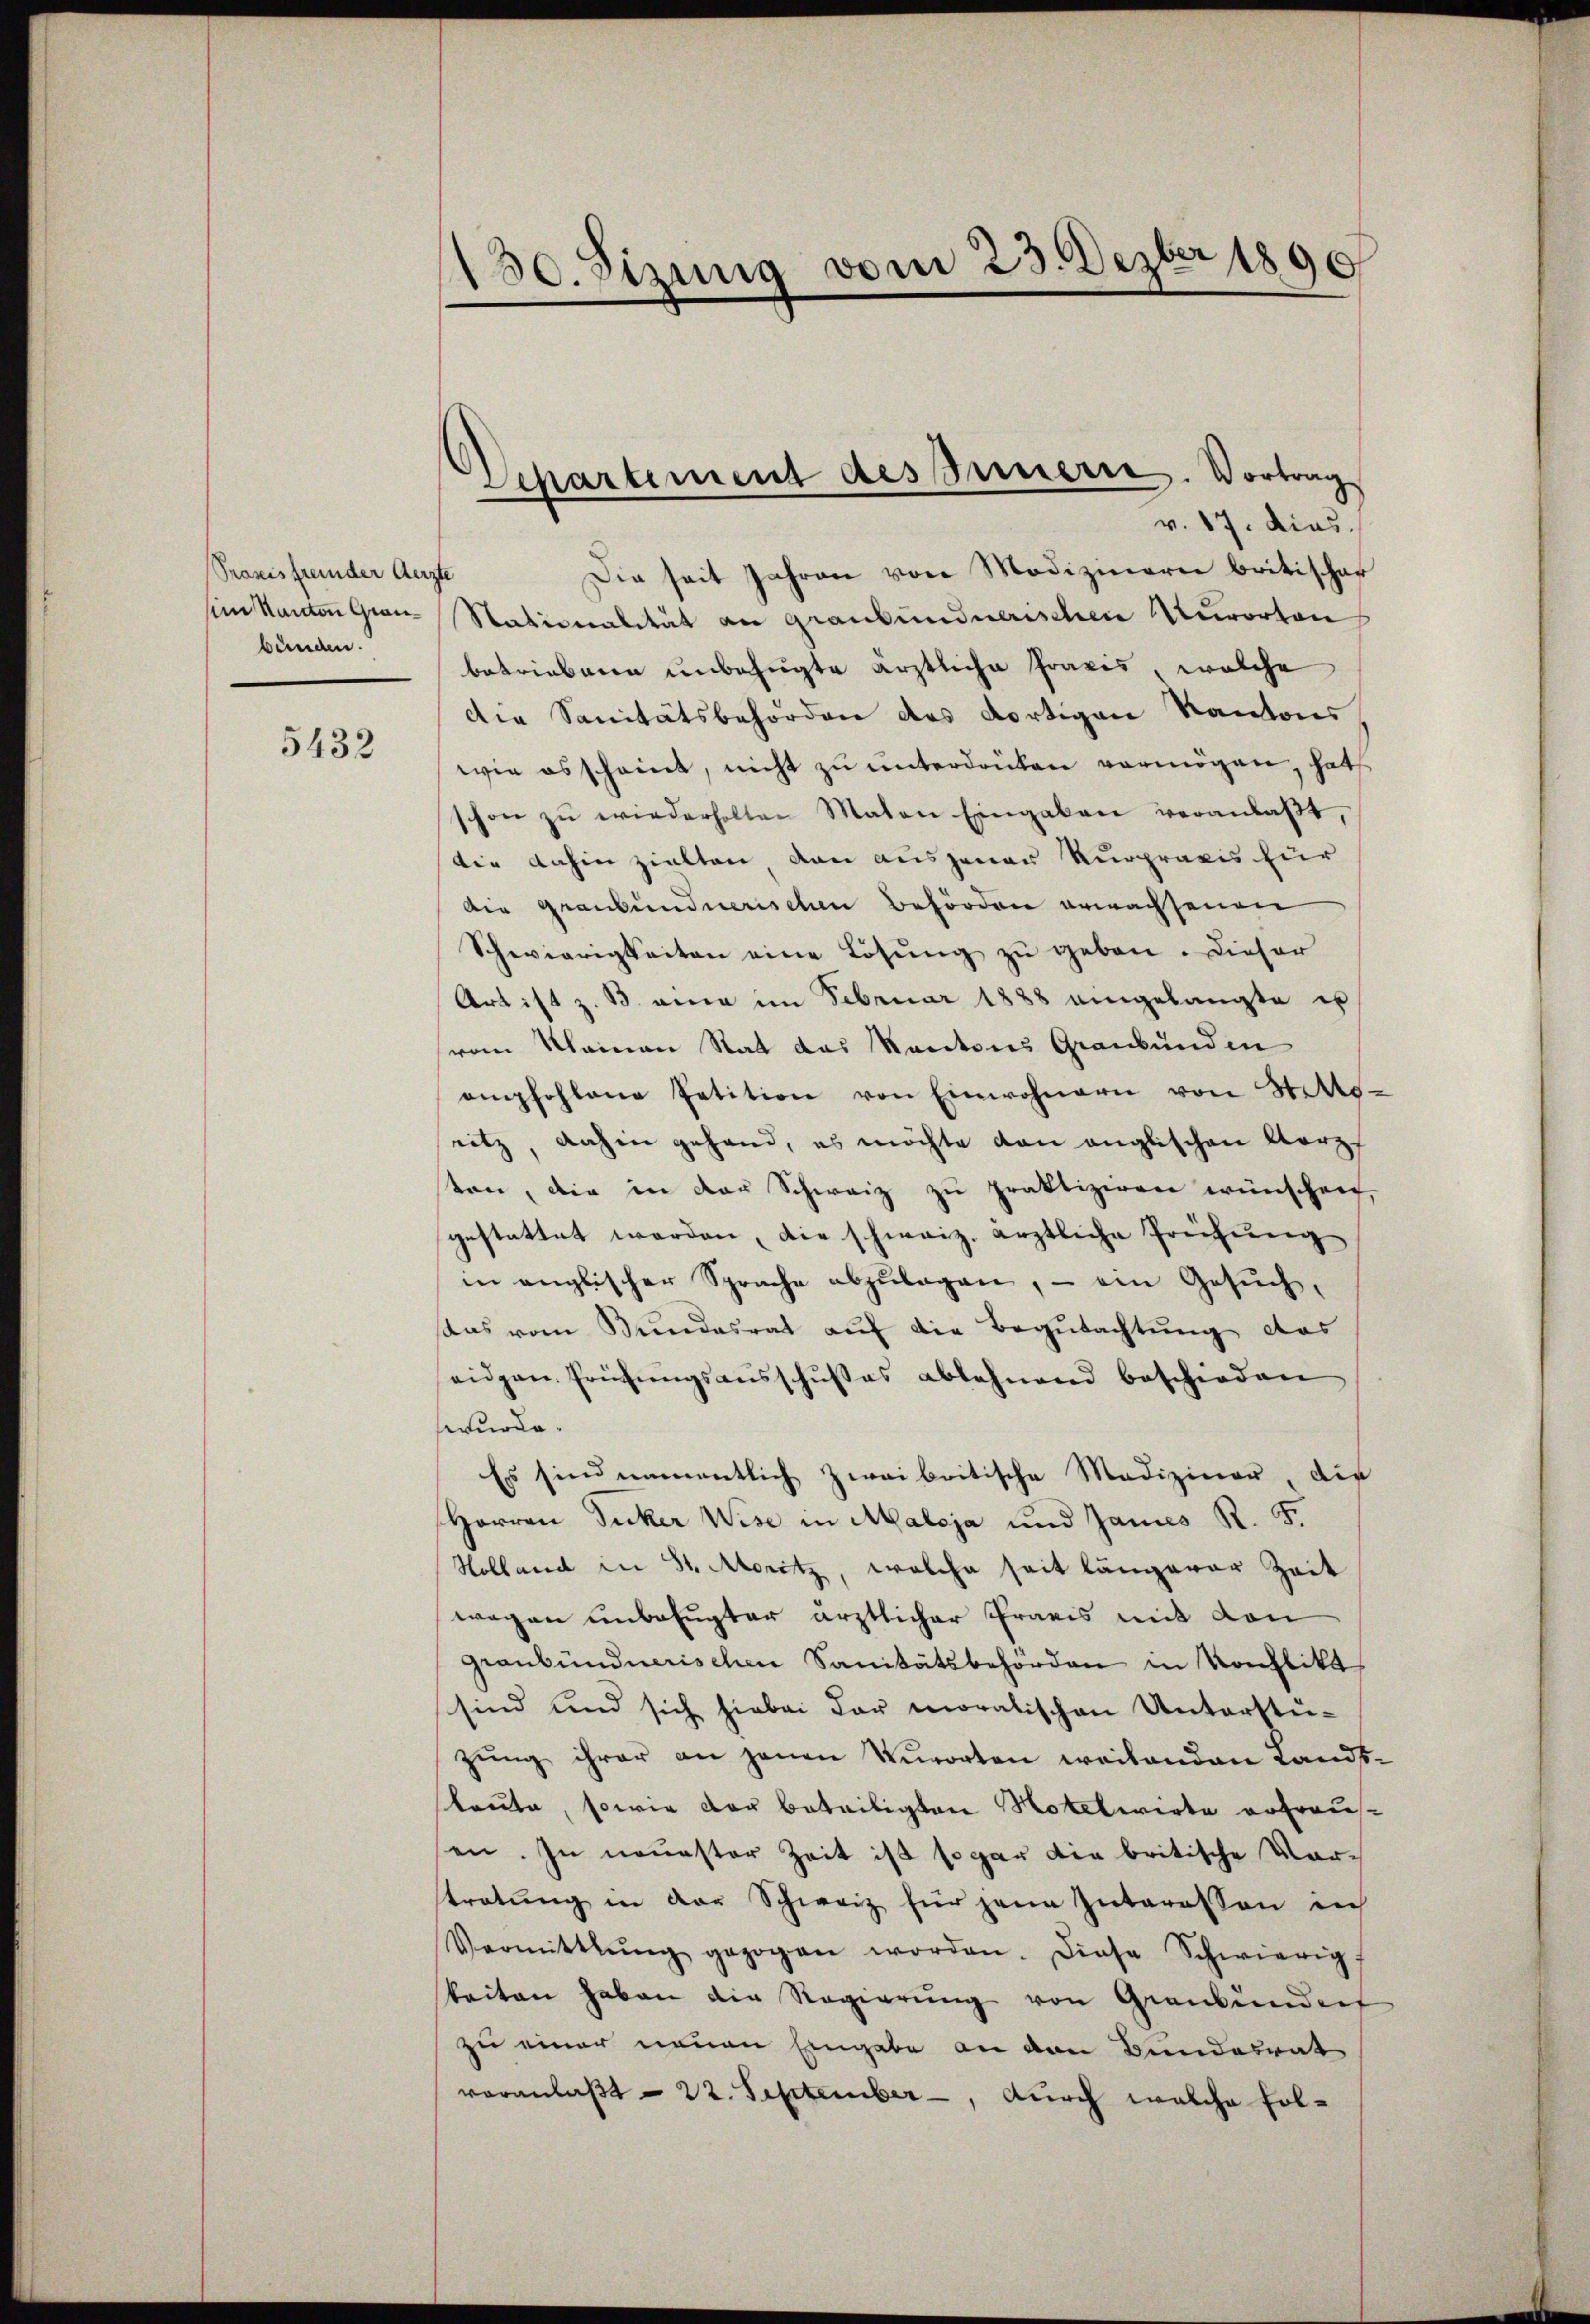
Prasis fremder Aerzte
sim Kanton Graubünden.

5432

130. Sizung vom 23. Dezbr 1890

Departement des Innern. Vortrag
v. 17. dies

Die seit Jahren von Modizineren britischer
Nationalität an Graubündnerischen Kurorten
betriebene unbefugte ärztliche Fraves, welche
die Sanitätsbehörden des dortigen Kantons
wie esscheint, nicht zu unterdrüken vermögen, hat
schon zŭ wiederholten Maten Eingaben veranlaβt,
die dahin zielten von ausgener Kurpraxis für
Die Graubündnerischen Behörden erwachsenen
Schwierigkeiten eine Lösung zŭ geben. Dieser
Art ist z. B. anna im Februar 1888 eingelangte u
vom Kleinen Rat des Kantons Graubünden
amhohlene Petition von Einwohnern von Stetto-
ritz, dahin gehand, es möchte von englischen Korpf
ton, die in der Schweiz zu praktiziren wünschen,
gestattet werden, die schweiz. ärztliche Freihung
in englischer Sprache abzulagen, – ein Gesuch,
saas vom Bundesrat auf die Begutachtung das
eidgen. Prüfungsausschußes ablehnend beschieden
swurde.
Es sind namentlich zweibritische Mediziner, die
Herren Zucker Wise in Maloja und Jannes R. F.
Holland in St. Moritz, welche seit längerer Zeit
wegen unbefugter ärztlicher Praxis mit den
graubündnerischen Sanitätsbehörden in Kochlitt
sind und sich hiebei dar moralischen Unterstüzŭng ihrer an jenen Kurorten weilenden Lands-
laute, sowie der beteiligten Notelwirte ertraus-
en. In neuester Zeit ist sogar die britische Vor-
stratŭng in der Schweiz für jene Interessen nich
Vermittlung gezogen worden. Diese Schwierig
beiten haben die Regierŭng von Graubünden
zu einer neuen Eingabe an den Bundesrat
veranlaßt – 22. September -, durch welche Fol¬